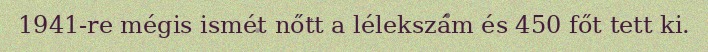
1941-re mégis ismét nőtt a lélekszám és 450 főt tett ki.